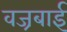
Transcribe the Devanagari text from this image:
वज्रबाई